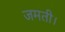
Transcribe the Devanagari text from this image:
जमती।